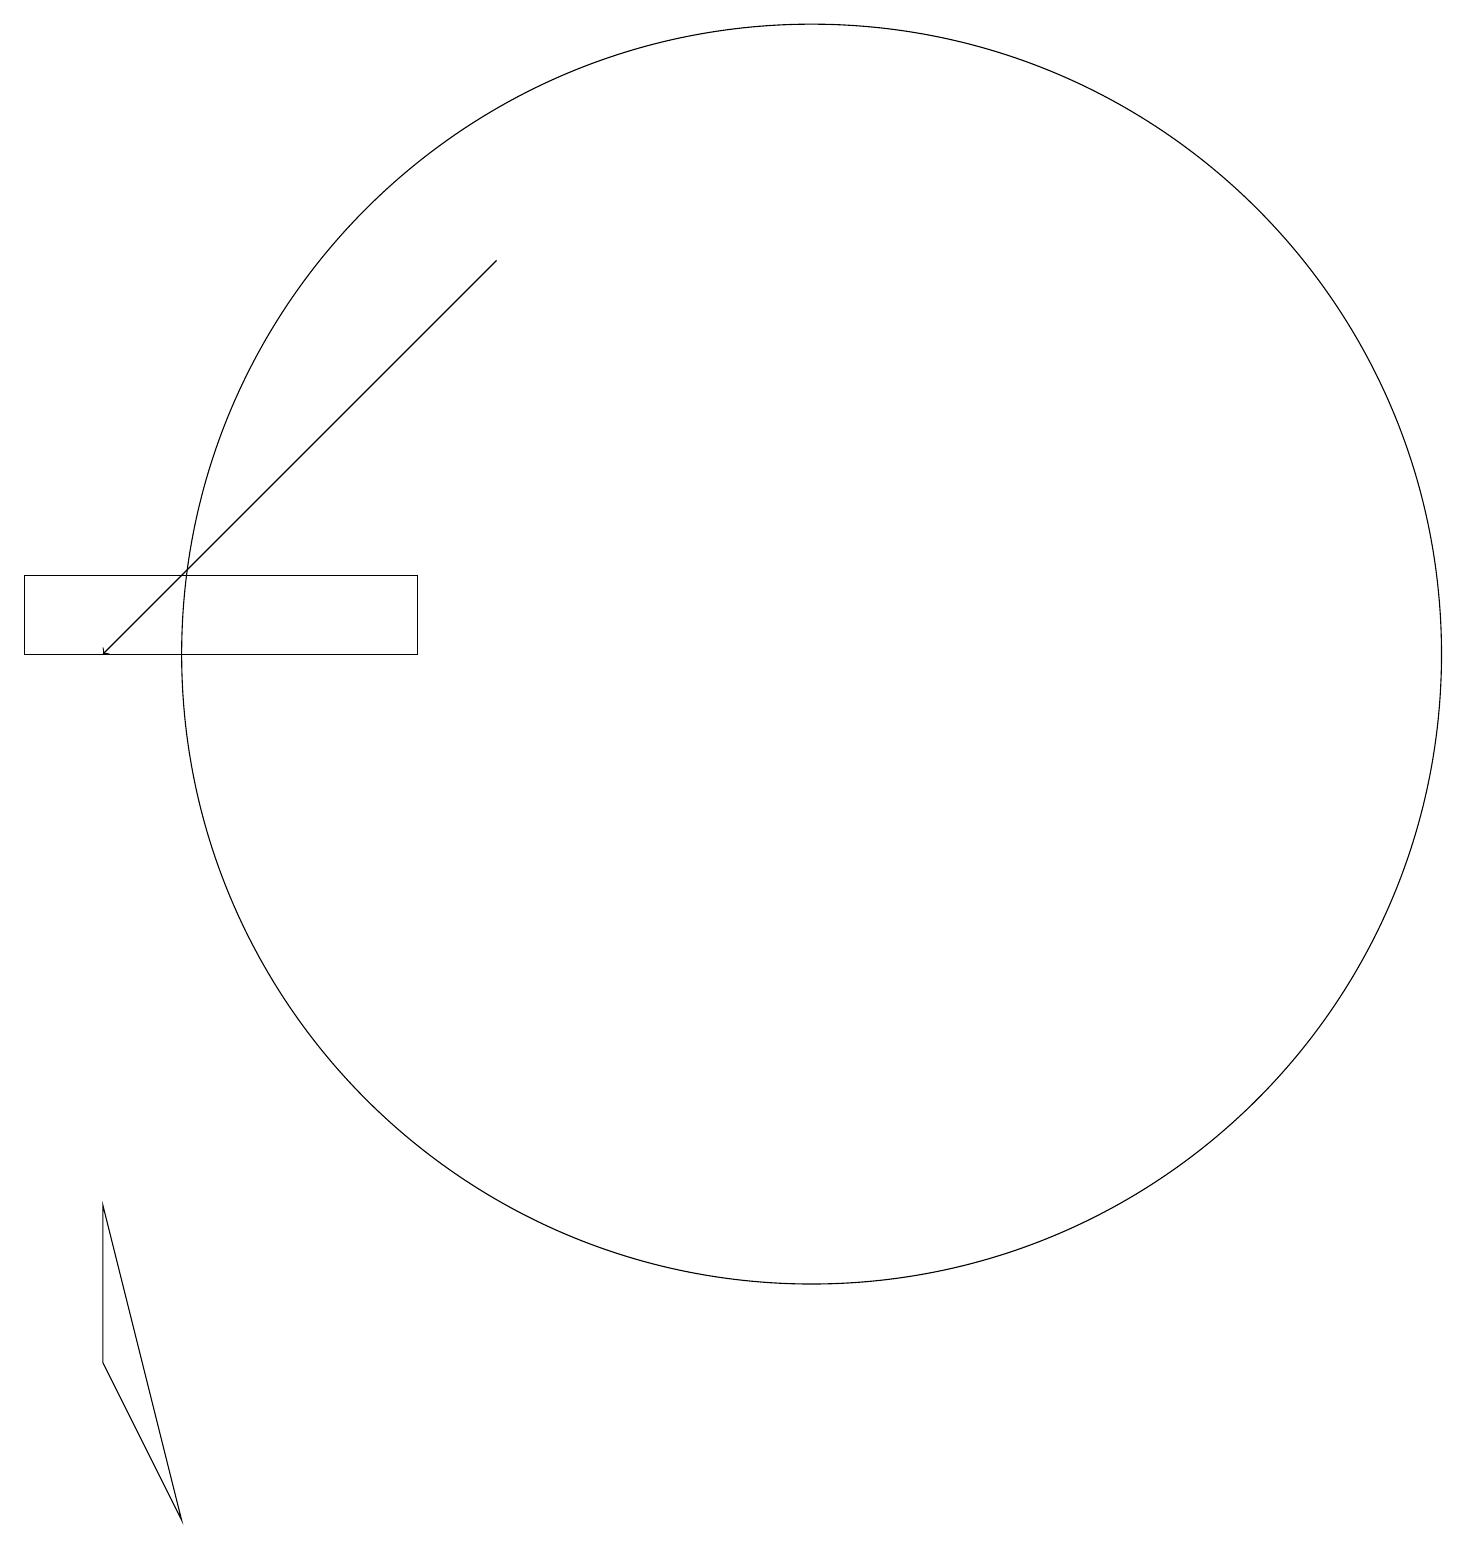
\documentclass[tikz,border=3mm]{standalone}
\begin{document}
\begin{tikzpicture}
\draw (10,11) circle (8);
\draw (1,4) -- (2,0) -- (1,2) -- cycle;
\draw[->] (6,16) -- (1,11);
\draw (5,11) rectangle (0,12);
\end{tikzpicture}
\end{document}